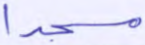
مسجدا